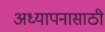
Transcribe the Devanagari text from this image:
अध्यापनासाठी